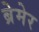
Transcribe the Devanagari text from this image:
ब्रेमेर